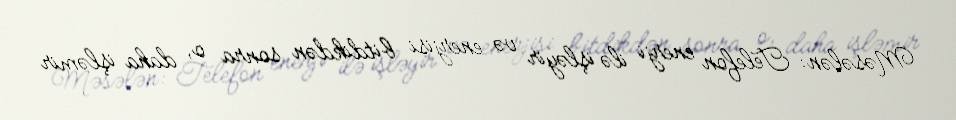
Məsələn: Telefon enerji ilə işləyir və enerjisi bitdikdən sonra o, daha işləmir